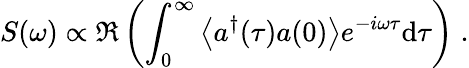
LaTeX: S(\omega)\propto\Re\left(\int_{0}^{\infty}\left\langle a^{\dagger}(\tau)a(0)\right\rangle e^{-i\omega\tau}\mathrm{d}\tau\right)\; .